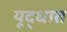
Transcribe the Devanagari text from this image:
यूद्धात